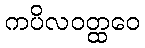
ကပိလဝတ္ထဝေ